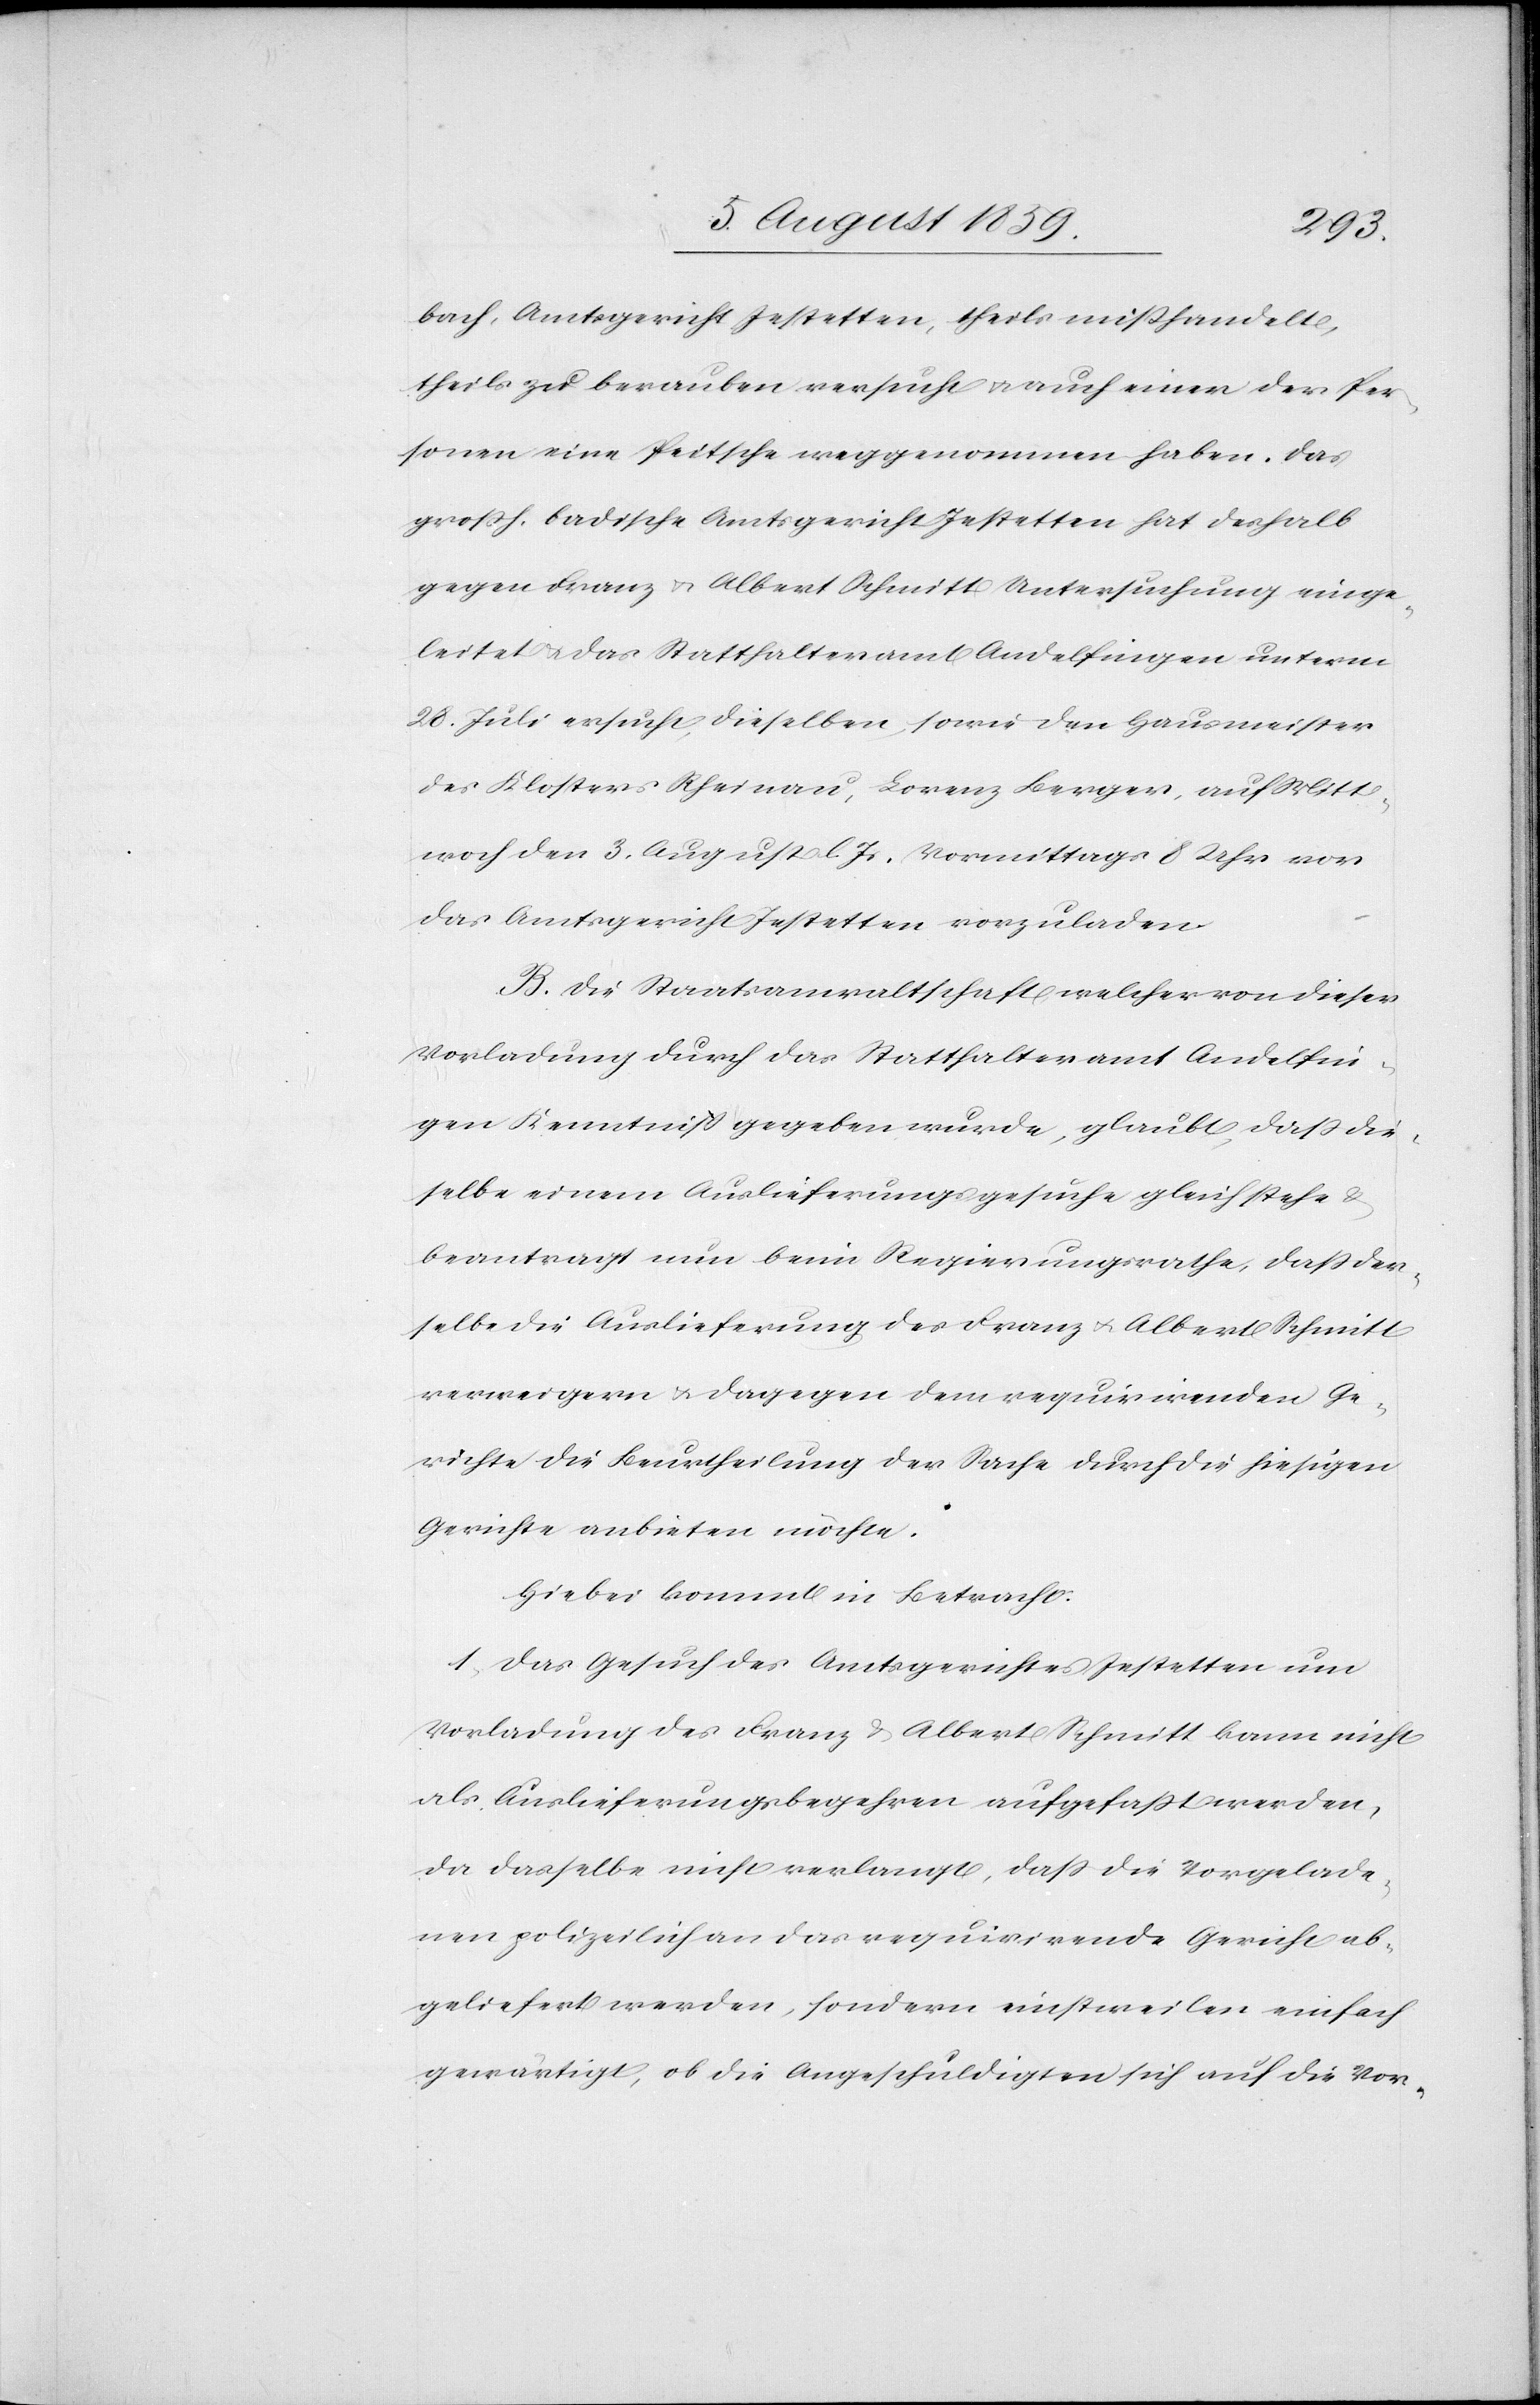
bach, Amtsgericht Jestetten, theils mißhandelt,
theils zu berauben versucht u. auch einer der Per¬
sonen eine Peitsche weggenommen haben. Das
großh. badische Amtsgericht Jestetten hat deshalb
gegen Franz u. Albert Schmitt Untersuchung einge¬
leitet u. das Statthalteramt Andelfingen unterm
28. Juli ersucht, dieselben, sowie den Hausmeister
des Klosters Rheinau, Lorenz Berger, auf Mitt¬
woch den 3. August l. Js., Vormittags 8 Uhr vor
das Amtsgericht Jestetten vorzuladen.
B. Die Staatsanwaltschaft welcher von dieser
Vorladung durch das Statthalteramt Andelfin¬
gen Kenntniß gegeben wurde, glaubt, daß die¬
selbe einem Auslieferungsgesuche gleichstehe u.
beantragt nun beim Regierungsrathe, daß der¬
selbe die Auslieferung des Franz u. Albert Schmitt
verweigern u. dagegen dem requirirenden Ge¬
richte die Beurtheilung der Sache durch die hiesigen
Gerichte anbieten möchte.
Hiebei kommt in Betracht:
1. Das Gesuch des Amtsgerichtes Jestetten um
Vorladung des Franz u. Albert Schmitt kann nicht
als Auslieferungsbegehren aufgefaßt werden,
da dasselbe nicht verlangt, daß die Vorgelade¬
nen polizeilich an das requirirende Gericht ab¬
geliefert werden, sondern einstweilen einfach
gewärtigt, ob die Angeschuldigten sich auf die Vor-